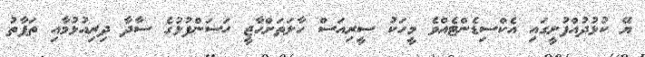
ޔޭ ކުޅުދުއްފުށީގައި އެކްސިޑެންޓެއްވެ މީހަކު ސީރިއަސް ހާލަތަށްހާޖީ ހަސަންފުޅުގެ ސާދާ ދިރިއުޅުމާއި ތަފާތު